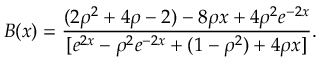
B ( x ) = \frac { ( 2 \rho ^ { 2 } + 4 \rho - 2 ) - 8 \rho x + 4 \rho ^ { 2 } e ^ { - 2 x } } { [ e ^ { 2 x } - \rho ^ { 2 } e ^ { - 2 x } + ( 1 - \rho ^ { 2 } ) + 4 \rho x ] } .